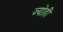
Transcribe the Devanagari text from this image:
ज्योहीं